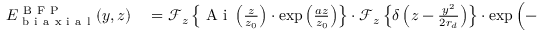
\begin{array} { r l } { E _ { \mathrm { ~ b ~ i ~ a ~ x ~ i ~ a ~ l ~ } } ^ { \mathrm { ~ B ~ F ~ P ~ } } ( y , z ) } & { { } = \ensuremath { \mathcal { F } } _ { z } \left\{ \ensuremath { \mathrm { ~ A ~ i ~ } } \left( \frac { z } { z _ { 0 } } \right) \cdot \exp \left( \frac { a z } { z _ { 0 } } \right) \right\} \cdot \ensuremath { \mathcal { F } } _ { z } \left\{ \delta \left( z - \frac { y ^ { 2 } } { 2 r _ { d } } \right) \right\} \cdot \exp \left( - \frac { y ^ { 2 } } { w _ { 0 } ^ { 2 } } \right) } \end{array}